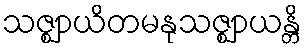
သဇ္ဈာယိတမနုသဇ္ဈာယန္တိ